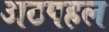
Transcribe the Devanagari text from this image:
अठपहल